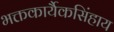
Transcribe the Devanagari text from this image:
भक्तकार्यैकसिंहाय